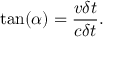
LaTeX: \tan ( \alpha ) = { \frac { v \delta t } { c \delta t } } .